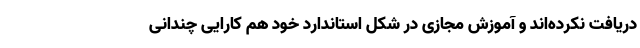
دریافت نکرده‌اند و آموزش مجازی در شکل استاندارد خود هم کارایی چندانی